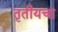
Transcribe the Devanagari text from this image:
तृतीयचा